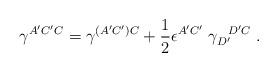
LaTeX: \begin{align*}\gamma^{A'C'C}=\gamma^{(A'C')C}+{1\over 2}\epsilon^{A'C'}\; \gamma_{D'}^{\; \; \; D'C} \; .\end{align*}